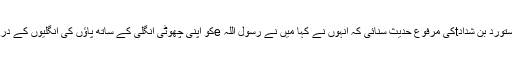
میں نے انہیں اپنی سند کے ساتھ مُستَورِد بن شدادtکی مرفوع حدیث سنائی کہ انہوں نے کہا میں نے رسول اللہ eکو اپنی چھوٹی انگلی کے ساتھ پاؤں کی انگلیوں کے درمیان خلال کرتے ہوئے دیکھا ہے۔